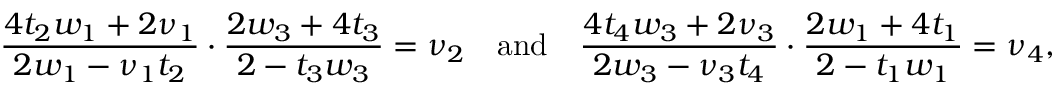
\frac { 4 t _ { 2 } w _ { 1 } + 2 \nu _ { 1 } } { 2 w _ { 1 } - \nu _ { 1 } t _ { 2 } } \cdot \frac { 2 w _ { 3 } + 4 t _ { 3 } } { 2 - t _ { 3 } w _ { 3 } } = \nu _ { 2 } \quad \mathrm { a n d } \quad \frac { 4 t _ { 4 } w _ { 3 } + 2 \nu _ { 3 } } { 2 w _ { 3 } - \nu _ { 3 } t _ { 4 } } \cdot \frac { 2 w _ { 1 } + 4 t _ { 1 } } { 2 - t _ { 1 } w _ { 1 } } = \nu _ { 4 } ,